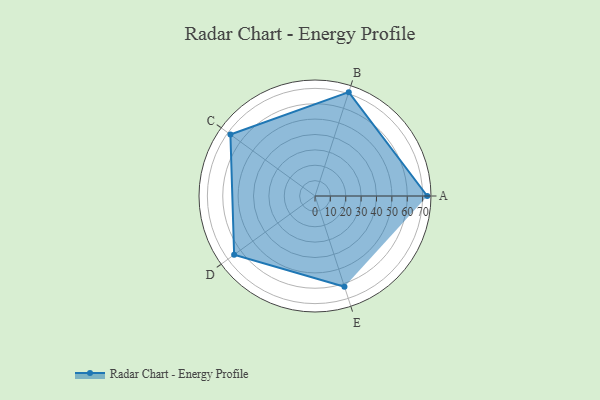
{"axis": {"x": "Skill", "y": "Score"}, "legend": ["Profile"], "data": [{"x": "A", "y": 73.0, "type": "Profile"}, {"x": "B", "y": 71.0, "type": "Profile"}, {"x": "C", "y": 68.0, "type": "Profile"}, {"x": "D", "y": 65.0, "type": "Profile"}, {"x": "E", "y": 62.0, "type": "Profile"}]}